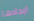
ايجادها